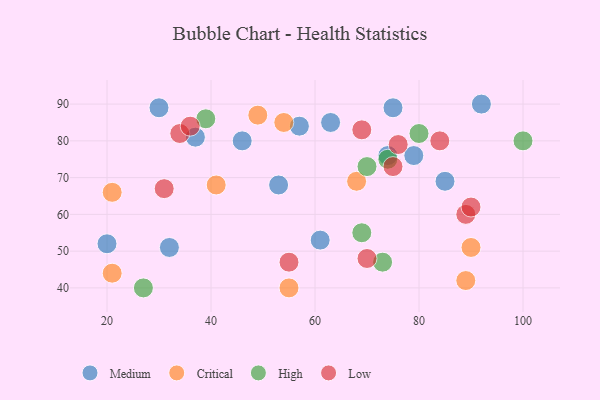
{"axis": {"x": "GDP", "y": "Life Expectancy"}, "legend": ["Critical", "High", "Low", "Medium"], "data": [{"x": "92", "y": 90, "type": "Medium"}, {"x": "57", "y": 84, "type": "Medium"}, {"x": "85", "y": 69, "type": "Medium"}, {"x": "61", "y": 53, "type": "Medium"}, {"x": "37", "y": 81, "type": "Medium"}, {"x": "79", "y": 76, "type": "Medium"}, {"x": "63", "y": 85, "type": "Medium"}, {"x": "46", "y": 80, "type": "Medium"}, {"x": "75", "y": 89, "type": "Medium"}, {"x": "53", "y": 68, "type": "Medium"}, {"x": "32", "y": 51, "type": "Medium"}, {"x": "30", "y": 89, "type": "Medium"}, {"x": "74", "y": 76, "type": "Medium"}, {"x": "20", "y": 52, "type": "Medium"}, {"x": "21", "y": 44, "type": "Critical"}, {"x": "21", "y": 66, "type": "Critical"}, {"x": "49", "y": 87, "type": "Critical"}, {"x": "68", "y": 69, "type": "Critical"}, {"x": "41", "y": 68, "type": "Critical"}, {"x": "90", "y": 51, "type": "Critical"}, {"x": "89", "y": 42, "type": "Critical"}, {"x": "54", "y": 85, "type": "Critical"}, {"x": "55", "y": 40, "type": "Critical"}, {"x": "27", "y": 40, "type": "High"}, {"x": "74", "y": 75, "type": "High"}, {"x": "100", "y": 80, "type": "High"}, {"x": "73", "y": 47, "type": "High"}, {"x": "70", "y": 73, "type": "High"}, {"x": "39", "y": 86, "type": "High"}, {"x": "80", "y": 82, "type": "High"}, {"x": "69", "y": 55, "type": "High"}, {"x": "75", "y": 73, "type": "Low"}, {"x": "89", "y": 60, "type": "Low"}, {"x": "31", "y": 67, "type": "Low"}, {"x": "34", "y": 82, "type": "Low"}, {"x": "90", "y": 62, "type": "Low"}, {"x": "36", "y": 84, "type": "Low"}, {"x": "70", "y": 48, "type": "Low"}, {"x": "84", "y": 80, "type": "Low"}, {"x": "76", "y": 79, "type": "Low"}, {"x": "69", "y": 83, "type": "Low"}, {"x": "55", "y": 47, "type": "Low"}]}